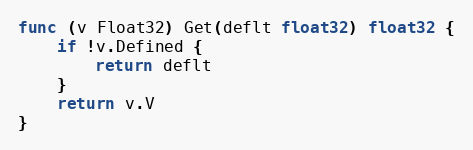
Language: Go
func (v Float32) Get(deflt float32) float32 {
	if !v.Defined {
		return deflt
	}
	return v.V
}